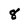
Character: 8